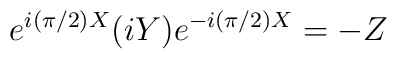
e^{i({\pi}/{2}) X}(iY)e^{-i({\pi}/{2}) X}=-Z